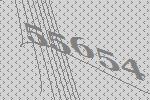
55654